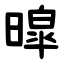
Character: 暭